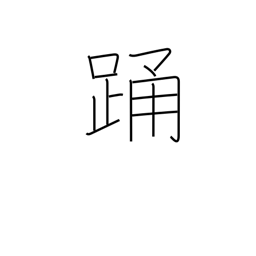
Meaning: jump